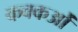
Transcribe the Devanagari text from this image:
कवकओं